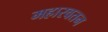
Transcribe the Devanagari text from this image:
महारवतन